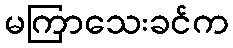
မကြာသေးခင်က